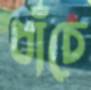
ধাঁচে